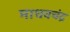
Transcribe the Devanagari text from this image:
माधवचंद्र